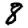
Digit: 8